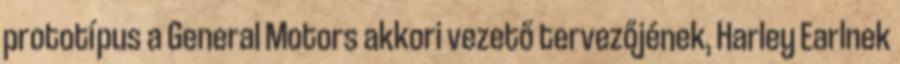
prototípus a General Motors akkori vezető tervezőjének, Harley Earlnek